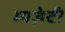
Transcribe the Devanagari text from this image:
म्यज़ेटी